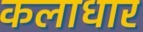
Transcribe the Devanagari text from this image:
कलाधार